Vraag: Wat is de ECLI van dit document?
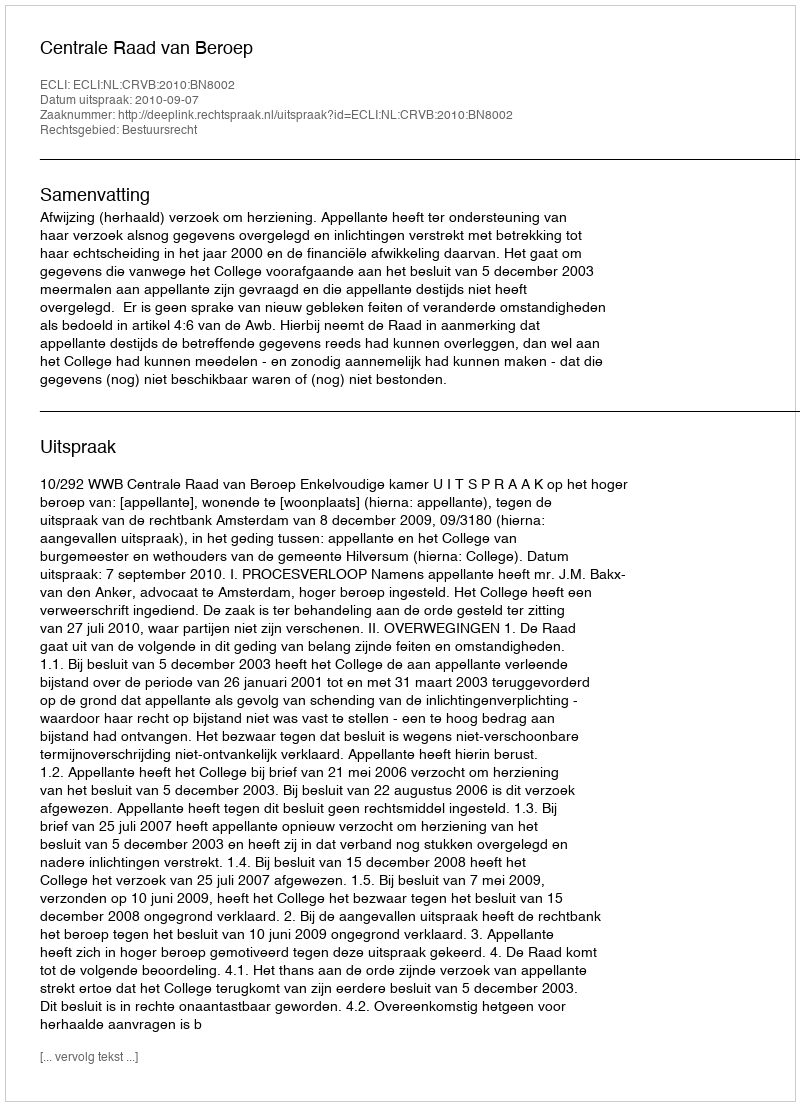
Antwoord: ECLI:NL:CRVB:2010:BN8002